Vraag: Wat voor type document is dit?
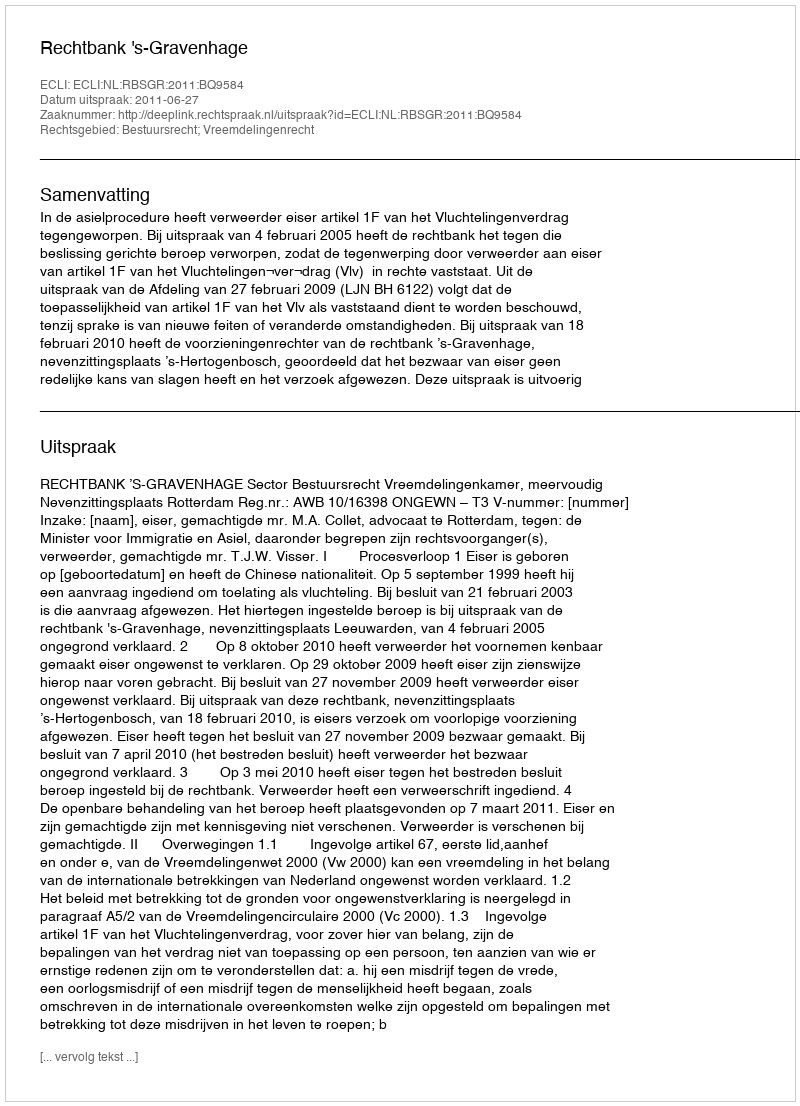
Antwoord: Uitspraak